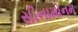
સીનામોનમ